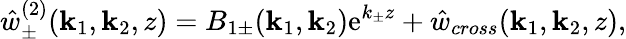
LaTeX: \hat{w}_{\pm}^{(2)}(\mathbf{k}_{1},\mathbf{k}_{2},z)=B_{1\pm}(\mathbf{k}_{1},\mathbf{k}_{2})\mathrm{e}^{k_{\pm}z}+\hat{w}_{cross}(\mathbf{k}_{1},\mathbf{k}_{2},z),